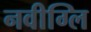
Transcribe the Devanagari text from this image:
नवीग्लि